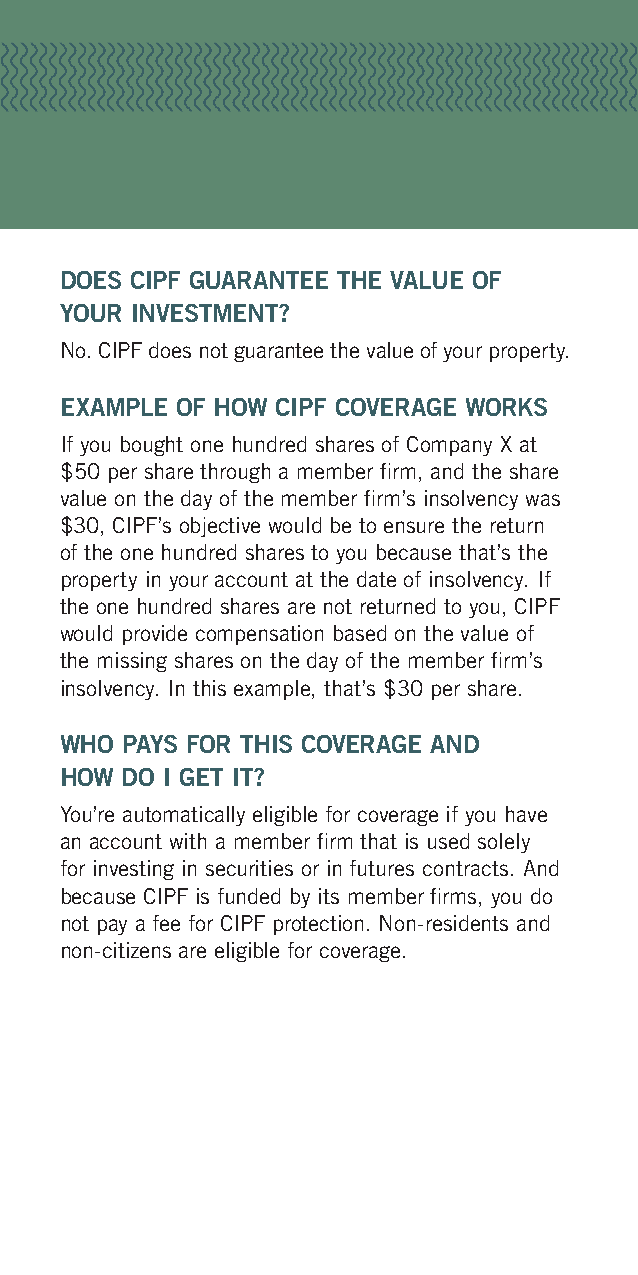
DOES CIPF GUARANTEE THE VALUE OF
 YOUR INVESTMENT?
 No. CIPF does not guarantee the value of your property.
 EXAMPLE OF HOW CIPF COVERAGE WORKS
 If you bought one hundred shares of Company X at
 $50 per share through a member firm, and the share
 value on the day of the member firm’s insolvency was
 $30, CIPF’s objective would be to ensure the return
 of the one hundred shares to you because that’s the
 property in your account at the date of insolvency. If
 the one hundred shares are not returned to you, CIPF
 would provide compensation based on the value of
 the missing shares on the day of the member firm’s
 insolvency. In this example, that’s $30 per share.
 WHO PAYS FOR THIS COVERAGE AND
 HOW DO I GET IT?
 You’re automatically eligible for coverage if you have
 an account with a member firm that is used solely
 for investing in securities or in futures contracts. And
 because CIPF is funded by its member firms, you do
 not pay a fee for CIPF protection. Non-residents and
 non-citizens are eligible for coverage.